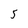
Character: 5